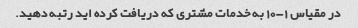
در مقیاس 1-10 به خدمات مشتری که دریافت کرده اید رتبه دهید.